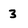
Character: 3